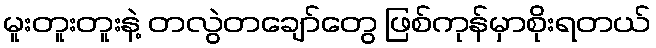
မူးတူးတူးနဲ့ တလွဲတချော်တွေ ဖြစ်ကုန်မှာစိုးရတယ်